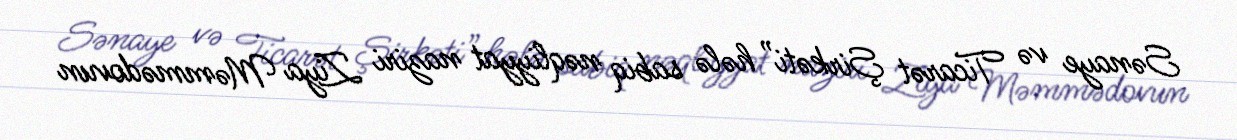
Sənaye və Ticarət Şirkəti” hələ sabiq nəqliyyat naziri Ziya Məmmədovun